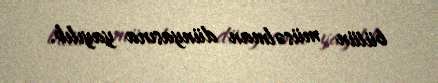
bütün müsəlman dünyasına yayılıb.